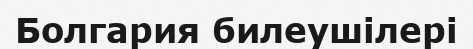
Болгария билеушілері